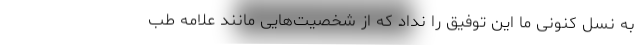
به نسل کنونی ما این توفیق را نداد که از شخصیت‌هایی مانند علامه طب